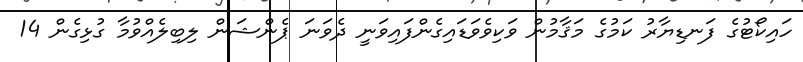
ހައިކޯޓުގެ ފަނޑިޔާރު ކަމުގެ މަޤާމުން ވަކިވެވަޑައިގެންފައިވަނީ ދެވަނަ ޕެންޝަން ލިބިލެއްވުމާ ގުޅިގެން 14